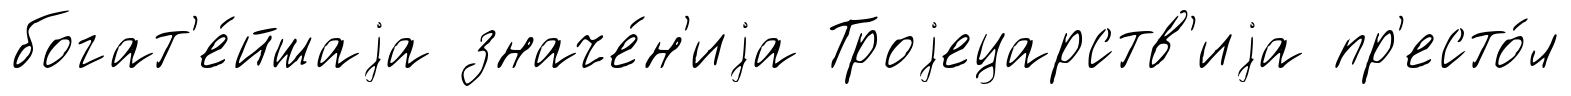
богат'е́йшаjа значе́н'иjа Троjецарств'иjа пр'есто́л